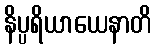
နိပ္ပရိယာယေနာတိ